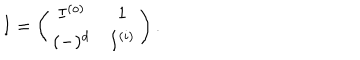
LaTeX: I = \left( \begin{array} { c c } { { I ^ { ( o ) } } } & { { 1 } } \\ { { ( - ) ^ { d } } } & { { I ^ { ( i ) } } } \\ \end{array} \right) .